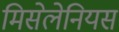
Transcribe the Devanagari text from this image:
मिसेलेनियस